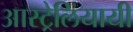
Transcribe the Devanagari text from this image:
आस्ट्रेलियायी